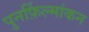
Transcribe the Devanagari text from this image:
पुनर्फ़िल्मांकन